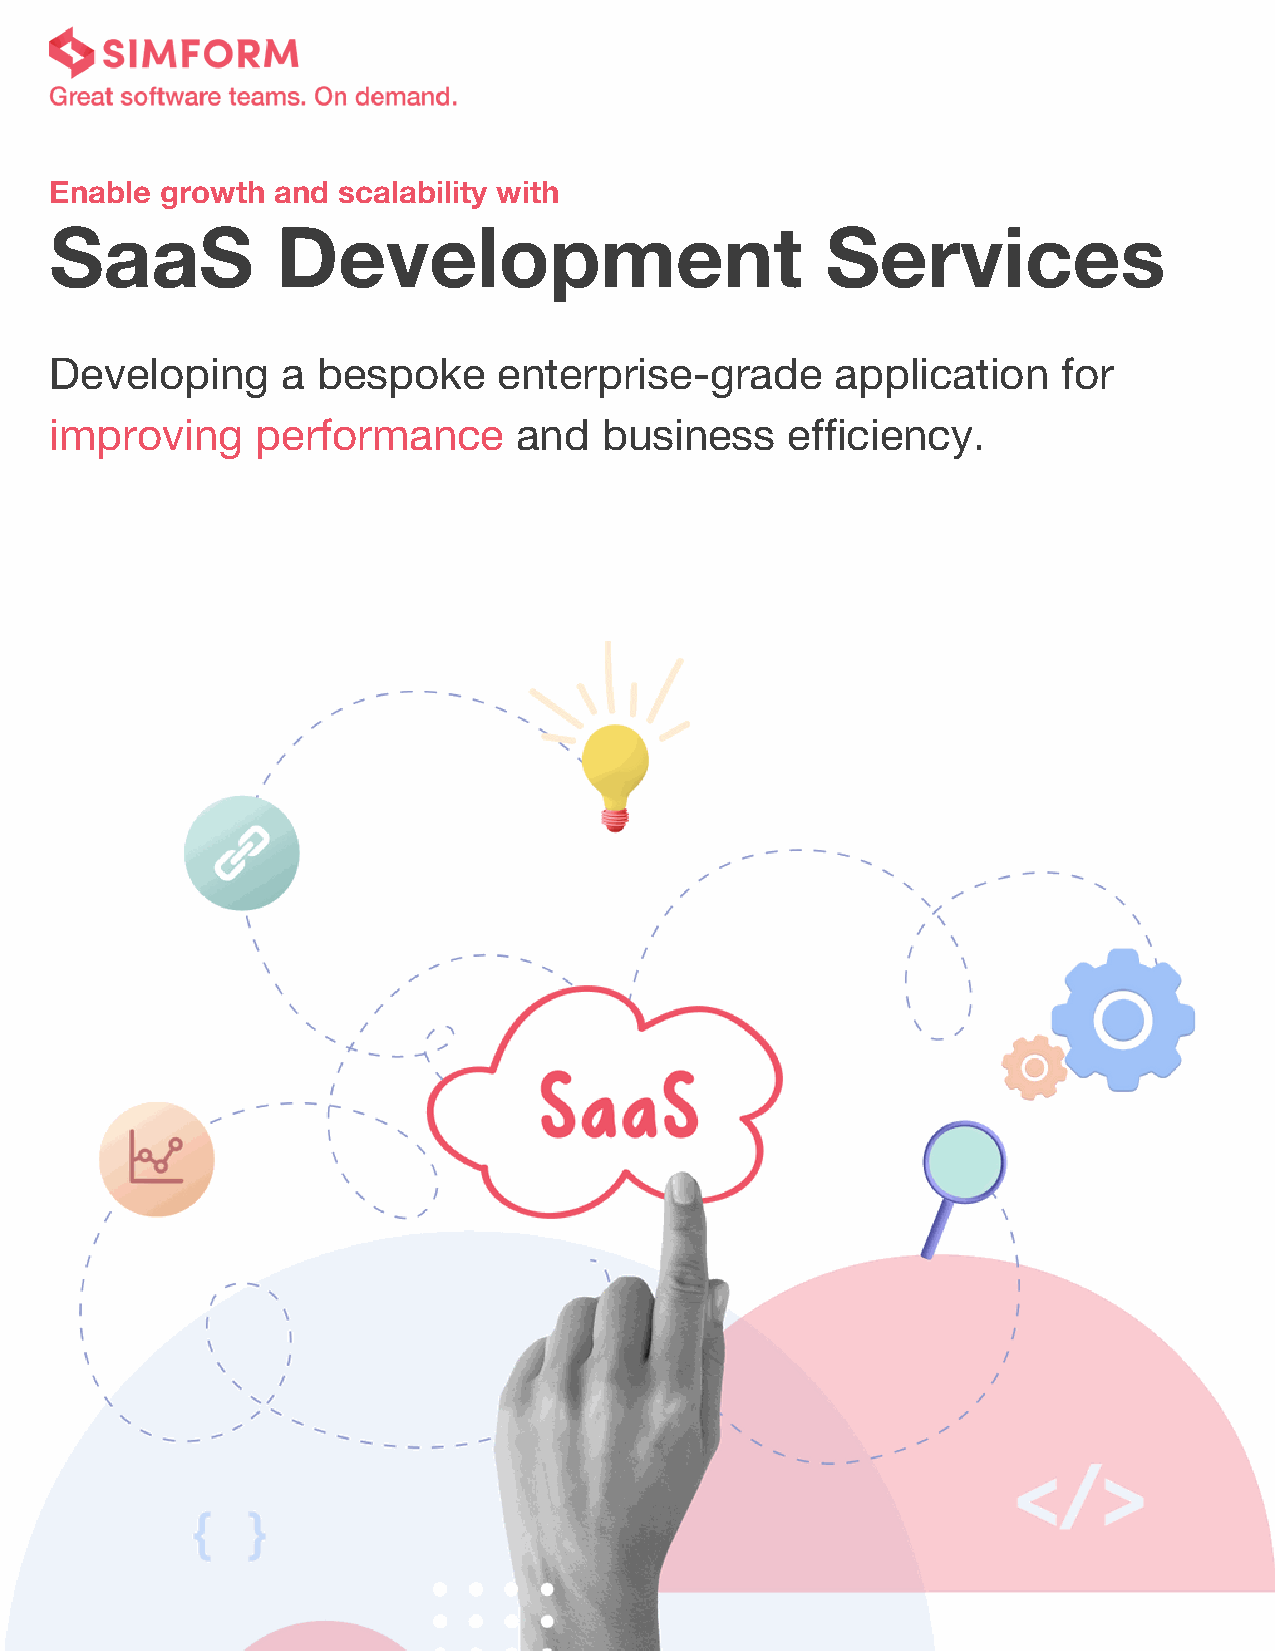
Enable  growth and scalability with
 SaaS           Development                          Services
 Developing      a bespoke     enterprise-grade      application    for
 improving     performance      and   business    efficiency.